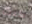
كنت